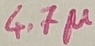
Text: 4.7µ